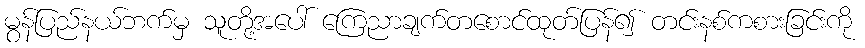
မွန်ပြည်နယ်ဘက်မှ သူတို့အပေါ် ကြေညာချက်တစောင်ထုတ်ပြန်၍ တင်းနစ်ကစားခြင်းကို